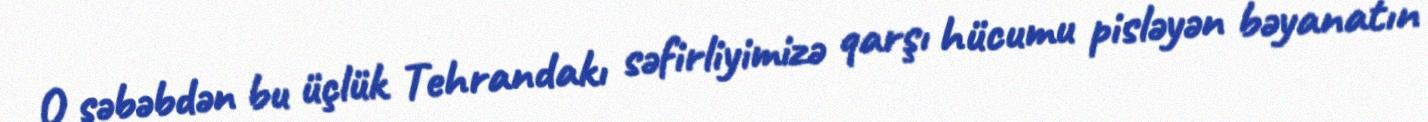
O səbəbdən bu üçlük Tehrandakı səfirliyimizə qarşı hücumu pisləyən bəyanatın